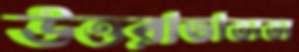
উত্তরাভাসস